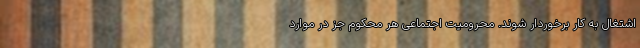
اشتغال به کار برخوردار شوند. محرومیت اجتماعی هر محکوم جز در موارد